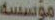
موسسه